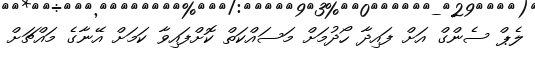
ލެޕް ސެންގް އަށް ފައިދާ ހޯދުމަށް މަސައްކަތް ކޮށްފައިވާ ކަމަށް އޭނާގެ މައްޗަށް